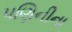
પણિનીના